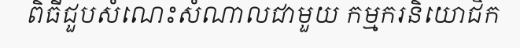
ពិធីជួបសំណេះសំណាលជាមួយ កម្មករនិយោជិក